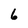
Character: 6